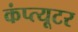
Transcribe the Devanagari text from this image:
कंप्त्यूटर